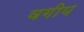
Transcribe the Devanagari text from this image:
वगीय